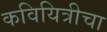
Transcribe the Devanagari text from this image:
कवियित्रीचा